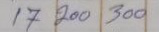
17 200 300